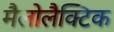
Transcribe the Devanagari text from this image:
मैलोलैक्टिक